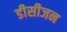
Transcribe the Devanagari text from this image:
डीसीजन